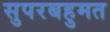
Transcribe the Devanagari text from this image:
सुपरबहुमत